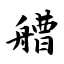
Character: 艚